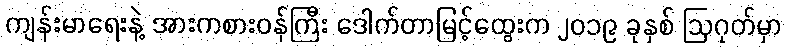
ကျန်းမာရေးနဲ့ အားကစားဝန်ကြီး ဒေါက်တာမြင့်ထွေးက ၂၀၁၉ ခုနှစ် ဩဂုတ်မှာ